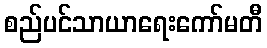
စည်ပင်သာယာရေးကော်မတီ